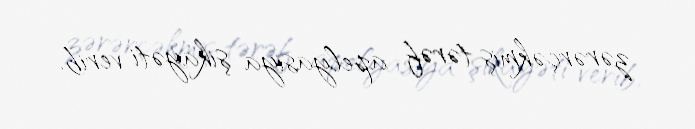
zərərçəkmiş tərəf apelyasiya şikayəti verib.